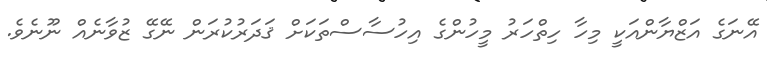
އޭނަގެ އަޒްޔާންއަކީ މިހާ ހިތްހަރު މީހުންގެ އިހުސާސްތަކަށް ޤަދަރުކުރަން ނޭގޭ ޒުވާނެއް ނޫނެވެ.